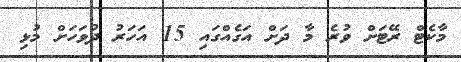
މާކެޓް ރޭޓަށް ވުރެ މާ ދަށް އަގެއްގައި 15 އަހަރު ދުވަހަށް މުޅި